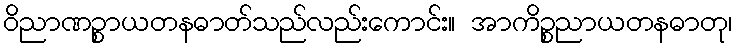
ဝိညာဏဉ္စာယတနဓာတ်သည်လည်းကောင်း။ အာကိဉ္စညာယတနဓာတု၊